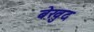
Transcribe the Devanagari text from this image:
बेखुद